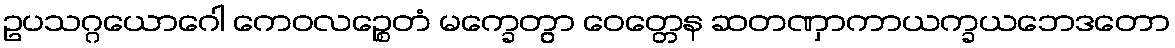
ဥပသဂ္ဂယောဂေါ ကေဝလဉ္စေတံ မက္ခေတွာ ဝေတ္တေန ဆတဏှာကာယက္ခယဘေဒတော